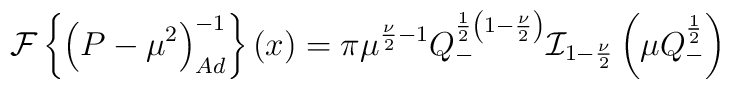
{\cal{F}}\left\{\left(P-{\mu}^2\right)_{Ad}^{-1}\right\}(x) =\pi {\mu}^{\frac {\nu} {2} -1}Q_{-}^{\frac {1} {2} \left(1-\frac {\nu} {2}\right)}{\cal{I}}_{1-\frac {\nu} {2}}\left(\mu Q_{-}^{\frac {1} {2}}\right)